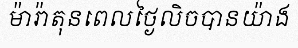
ម៉ារ៉ាតុនពេលថ្ងៃលិចបានយ៉ាង